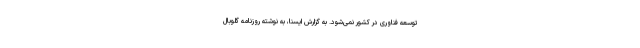
توسعه فناوری در کشور نمی‌شود. به گزارش ایسنا، به نوشته روزنامه گلوبال